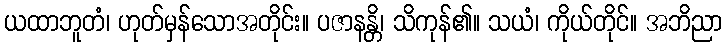
ယထာဘူတံ၊ ဟုတ်မှန်သောအတိုင်း။ ပဇာနန္တိ၊ သိကုန်၏။ သယံ၊ ကိုယ်တိုင်။ အဘိညာ